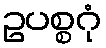
ဥပစ္စဂုံ